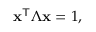
\mathbf { x } ^ { \mathsf { T } } { \boldsymbol { \Lambda } } \mathbf { x } = 1 ,